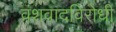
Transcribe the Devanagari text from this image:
वंशवादविरोधी